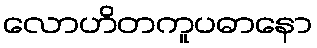
လောဟိတကူပဓာနော